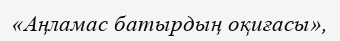
«Аңламас батырдың оқиғасы»,